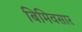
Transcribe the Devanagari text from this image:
बिमिवसार